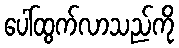
ပေါ်ထွက်လာသည်ကို